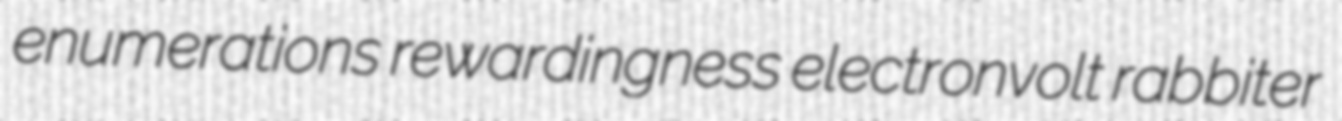
enumerations rewardingness electronvolt rabbiter